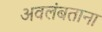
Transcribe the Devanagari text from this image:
अवलंबताना